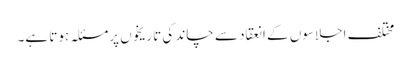
مختلف اجلاسوں کے انعقاد سے چاند کی تاریخوں پرمسئلہ ہوتا ہے۔